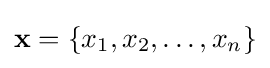
\mathbf {x} =\{x_{1},x_{2},\ldots ,x_{n}\}